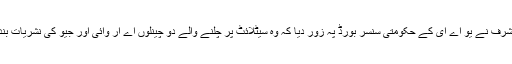
جنرل مشرف نے یو اے ای کے حکومتی سنسر بورڈ پہ زور دیا کہ وہ سیٹلائٹ پر چلنے والے دو چینلوں اے آر وائی اور جیو کی نشریات بند کردیں۔